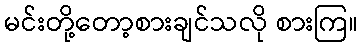
မင်းတို့တော့စားချင်သလို စားကြ။